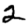
Digit: 2